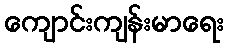
ကျောင်းကျန်းမာရေး